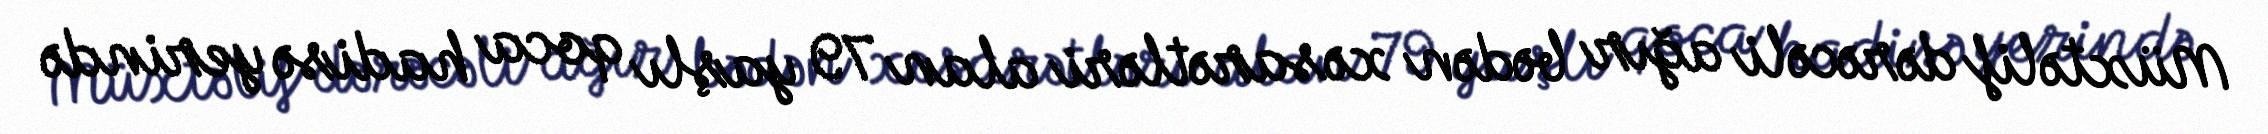
Müxtəlif dərəcəli ağır bədən xəsarətləri alan 79 yaşlı qoca hadisə yerində